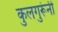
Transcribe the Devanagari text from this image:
कुलगुरूंनी